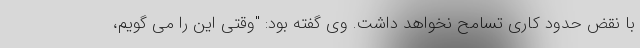
با نقض حدود کاری تسامح نخواهد داشت. وی گفته بود: "وقتی این را می گویم،